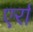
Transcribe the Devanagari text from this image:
एर्रा